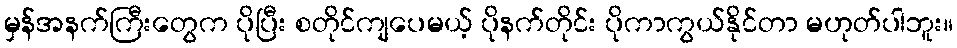
မှန်အနက်ကြီးတွေက ပိုပြီး စတိုင်ကျပေမယ့် ပိုနက်တိုင်း ပိုကာကွယ်နိုင်တာ မဟုတ်ပါဘူး။